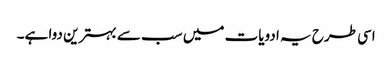
اسی طرح یہ ادویات میں سب سے بہترین دوا ہے۔